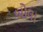
બોલા